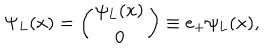
LaTeX: \Psi _ { L } ( x ) = \left( \begin{matrix} { { \psi _ { L } ( x ) } } \\ { { 0 } } \\ \end{matrix} \right) \equiv e _ { + } \psi _ { L } ( x ) ,